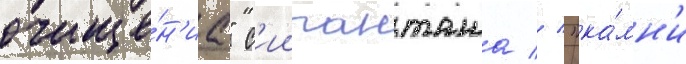
очище́н'иа" с'иипанташа // "ка́мн'и